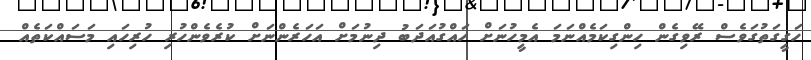
ހަގީގަތުގަވެސް ރޭވިގެން ހިންގިކަމެއްނަމަ އެމީހުނަށް ހައްގުއަދަބު ދިނުމަށް އަހަރެންނަށް ކުރެވެންހުރި ހުރިހައި މަސައްކަތެއް